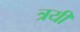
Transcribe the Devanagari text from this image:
त्रयीं